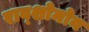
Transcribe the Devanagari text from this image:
राव्शोमोन